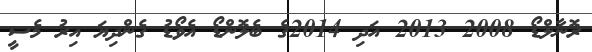
ރޮނާލްޑޯ 2008 2013 އަދި 2014ގެ ބެލޮންޑޯ އެވޯޑު ގެންދިޔަ އިރު މެސީ